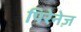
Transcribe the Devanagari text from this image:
पिरेनेज़